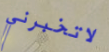
لاتخبرني